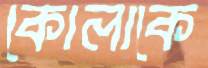
কোলাকে